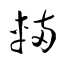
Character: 輌